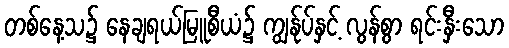
တစ်နေ့သ၌ နေချရယ်မြူစီယံ၌ ကျွန်ုပ်နှင့် လွန်စွာ ရင်းနှီးသော